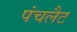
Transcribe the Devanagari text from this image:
पंचलैट